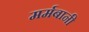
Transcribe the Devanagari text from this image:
मर्मबानी